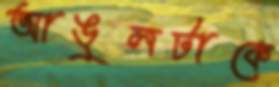
আঙুলটাকে